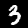
Digit: 3